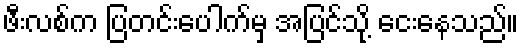
ဖီးလစ်က ပြတင်းပေါက်မှ အပြင်သို့ ငေးနေသည်။